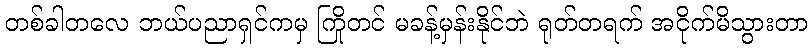
တစ်ခါတလေ ဘယ်ပညာရှင်ကမှ ကြိုတင် မခန့်မှန်းနိုင်ဘဲ ရုတ်တရက် အငိုက်မိသွားတာ